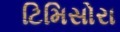
ટિમિસોરા